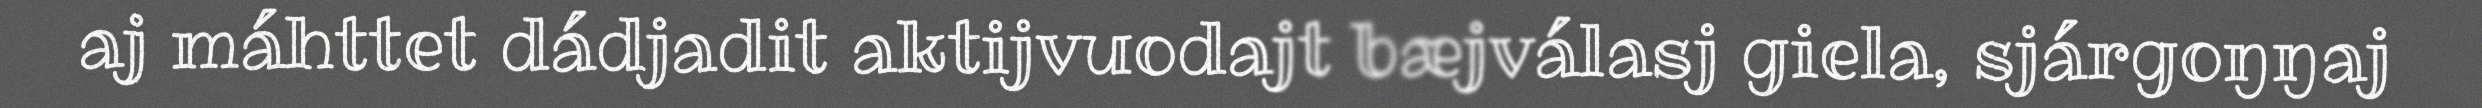
aj máhttet dádjadit aktijvuodajt bæjválasj giela, sjárgoŋŋaj